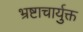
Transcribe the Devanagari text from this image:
भ्रष्टाचार्युक्त